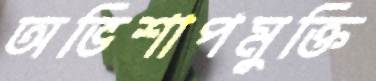
অভিশাপমুক্তি